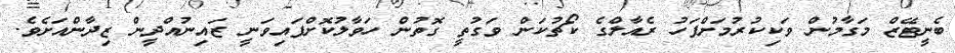
ބެނީޓޭޒް މަގާމުން ވަކިކުރުމަށްފަހު ރެއާލްގެ ކޯޗުކަން ވަގުތީ ގޮތުން ހަވާލުކޮށްފައިވަނީ ޒައިނުއްދީން ޒިދާންއަށެވެ.